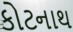
કોટનાથ